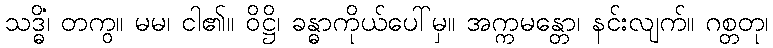
သဒ္ဓိံ၊ တကွ။ မမ၊ ငါ၏။ ဝိဋ္ဌိ၊ ခန္ဓာကိုယ်ပေါ်မှ။ အက္ကမန္တော၊ နင်းလျက်။ ဂစ္တတု၊